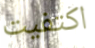
اكتفيت